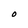
Character: O